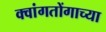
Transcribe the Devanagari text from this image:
क्वांगतोंगाच्या